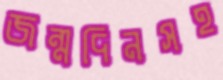
জন্মদিনসহ